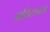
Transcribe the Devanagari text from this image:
भविसयत्त